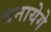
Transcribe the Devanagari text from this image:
बनायेगे